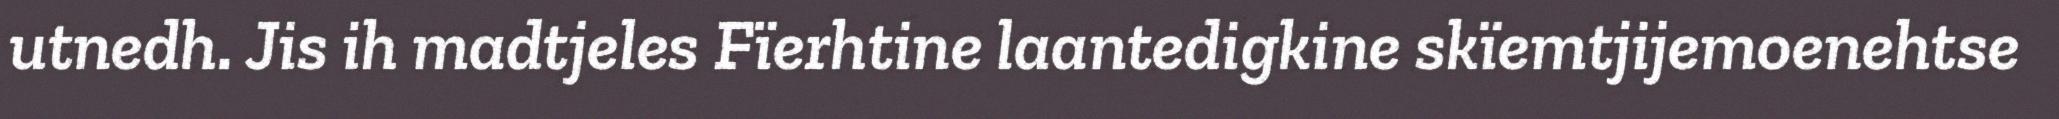
utnedh. Jis ih madtjeles Fïerhtine laantedigkine skïemtjijemoenehtse